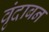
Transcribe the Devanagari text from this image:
वृंदाबन